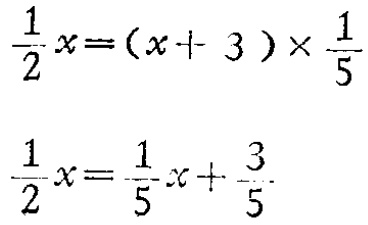
\[\frac{1}{2}x=(x + 3)\times\frac{1}{5}\]

\[\frac{1}{2}x=\frac{1}{5}x+\frac{3}{5}\]